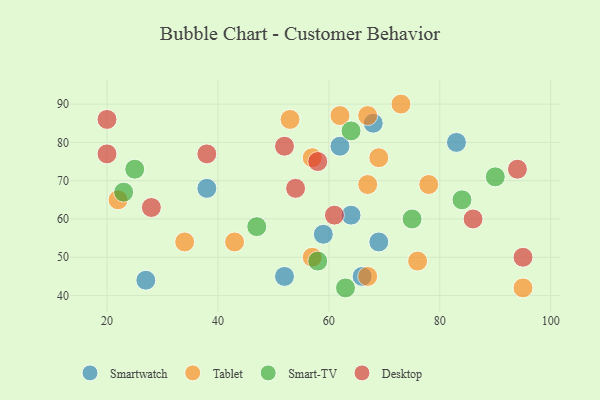
{"axis": {"x": "GDP", "y": "Life Expectancy"}, "legend": ["Desktop", "Smart-TV", "Smartwatch", "Tablet"], "data": [{"x": "66", "y": 45, "type": "Smartwatch"}, {"x": "69", "y": 54, "type": "Smartwatch"}, {"x": "64", "y": 61, "type": "Smartwatch"}, {"x": "62", "y": 79, "type": "Smartwatch"}, {"x": "27", "y": 44, "type": "Smartwatch"}, {"x": "38", "y": 68, "type": "Smartwatch"}, {"x": "83", "y": 80, "type": "Smartwatch"}, {"x": "52", "y": 45, "type": "Smartwatch"}, {"x": "68", "y": 85, "type": "Smartwatch"}, {"x": "59", "y": 56, "type": "Smartwatch"}, {"x": "43", "y": 54, "type": "Tablet"}, {"x": "69", "y": 76, "type": "Tablet"}, {"x": "76", "y": 49, "type": "Tablet"}, {"x": "73", "y": 90, "type": "Tablet"}, {"x": "22", "y": 65, "type": "Tablet"}, {"x": "67", "y": 69, "type": "Tablet"}, {"x": "78", "y": 69, "type": "Tablet"}, {"x": "34", "y": 54, "type": "Tablet"}, {"x": "57", "y": 50, "type": "Tablet"}, {"x": "53", "y": 86, "type": "Tablet"}, {"x": "95", "y": 42, "type": "Tablet"}, {"x": "62", "y": 87, "type": "Tablet"}, {"x": "67", "y": 45, "type": "Tablet"}, {"x": "57", "y": 76, "type": "Tablet"}, {"x": "67", "y": 87, "type": "Tablet"}, {"x": "90", "y": 71, "type": "Smart-TV"}, {"x": "47", "y": 58, "type": "Smart-TV"}, {"x": "84", "y": 65, "type": "Smart-TV"}, {"x": "64", "y": 83, "type": "Smart-TV"}, {"x": "63", "y": 42, "type": "Smart-TV"}, {"x": "75", "y": 60, "type": "Smart-TV"}, {"x": "25", "y": 73, "type": "Smart-TV"}, {"x": "58", "y": 49, "type": "Smart-TV"}, {"x": "23", "y": 67, "type": "Smart-TV"}, {"x": "28", "y": 63, "type": "Desktop"}, {"x": "20", "y": 86, "type": "Desktop"}, {"x": "86", "y": 60, "type": "Desktop"}, {"x": "52", "y": 79, "type": "Desktop"}, {"x": "94", "y": 73, "type": "Desktop"}, {"x": "58", "y": 75, "type": "Desktop"}, {"x": "95", "y": 50, "type": "Desktop"}, {"x": "61", "y": 61, "type": "Desktop"}, {"x": "38", "y": 77, "type": "Desktop"}, {"x": "54", "y": 68, "type": "Desktop"}, {"x": "20", "y": 77, "type": "Desktop"}]}